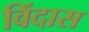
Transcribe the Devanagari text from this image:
विंदास